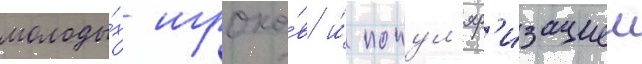
молоды́х игроко́в и́ попул'яр'изациеи